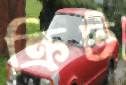
ক্রিট